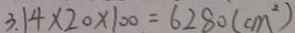
3 . 1 4 \times 2 0 \times 1 0 0 = 6 2 8 0 ( c m ^ { 2 } )